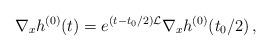
LaTeX: \begin{align*}\nabla_{x}h^{(0)}(t)=e^{(t-t_{0}/2)\mathcal{L}}\nabla_{x}h^{(0)}(t_{0}/2)\,,\end{align*}